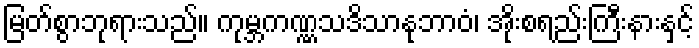
မြတ်စွာဘုရားသည်။ ကုမ္ဘကဏ္ဏသဒိသာနုဘာဝံ၊ အိုးစရည်းကြီးနားနှင့်